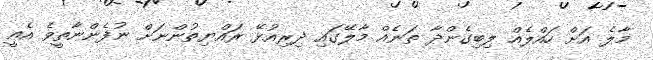
މާލެ އަށް ހައްލެއް ލިބިގެންދާ ތަނެއް މާލޭގައި ދިރިއުޅޭ ރައްޔިތުންނަށް ނުފެންނާތީވެ އެއީ